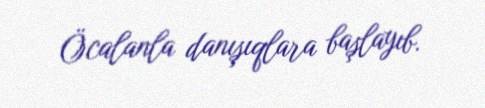
Öcalanla danışıqlara başlayıb.